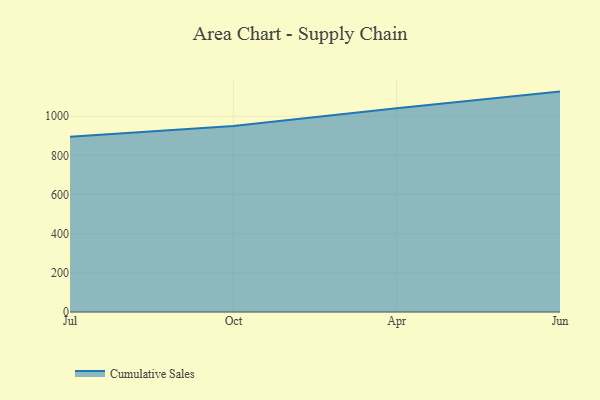
{"axis": {"x": "Month", "y": "Customer Acquisition Cost (USD)"}, "legend": ["Cumulative Sales"], "data": [{"x": "Jul", "y": 895.0, "type": "Cumulative Sales"}, {"x": "Oct", "y": 949.9, "type": "Cumulative Sales"}, {"x": "Apr", "y": 1040.4, "type": "Cumulative Sales"}, {"x": "Jun", "y": 1126.0, "type": "Cumulative Sales"}]}